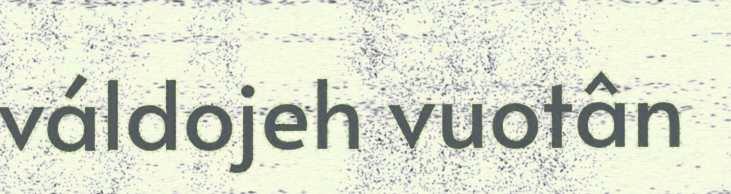
váldojeh vuotân